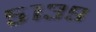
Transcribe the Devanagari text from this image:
५१३९